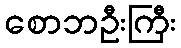
စောဘဦးကြီး